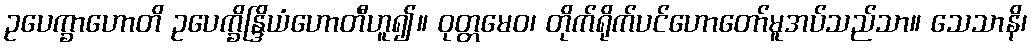
ဥပေက္ခာဟောတိ ဥပေက္ခိန္ဒြိယံဟောတီဟူ၍။ ဝုတ္တမေဝ၊ တိုက်ရိုက်ပင်ဟောတော်မူအပ်သည်သာ။ သေသာနိ၊